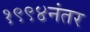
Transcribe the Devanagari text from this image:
१९९४नंतर